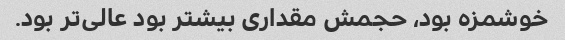
خوشمزه بود، حجمش مقداری بیشتر بود عالی‌تر بود.